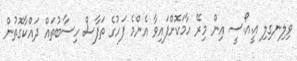
ވިލިނގިލި އީ.އޯ.ސީ އިން މިރޭ ހާމަކޮށްފައިވާ އެންމެ ފަހުގެ ތަފާސް ހިސާބުތައް ދައްކާގޮތުން